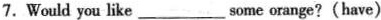
7.Would you like___some orange?(have)